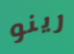
رينو